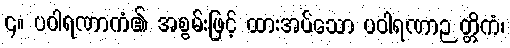
၄။ ပဝါရဏာကံ၏ အစွမ်းဖြင့် ထားအပ်သော ပဝါရဏာဉတ္တိကံ၊